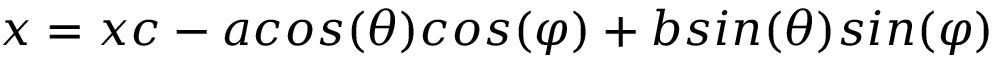
x = x c - a c o s ( \theta ) c o s ( \varphi ) + b s i n ( \theta ) s i n ( \varphi )